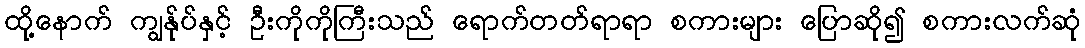
ထို့နောက် ကျွန်ုပ်နှင့် ဦးကိုကိုကြီးသည် ရောက်တတ်ရာရာ စကားများ ပြောဆို၍ စကားလက်ဆုံ